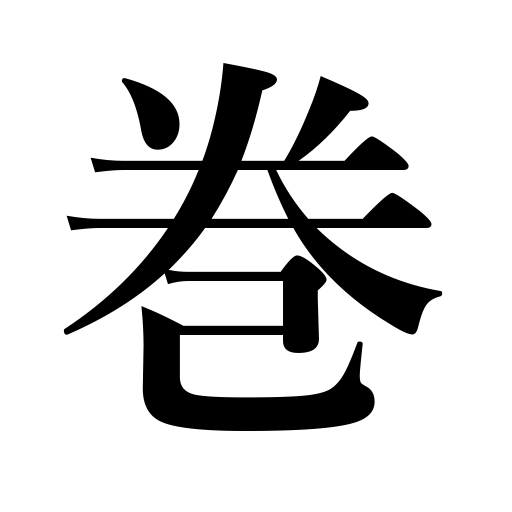
Meanings: volume,book,roll up,roll of silk,coil,wind up,winding of a clock,tie around,reel,wind,part